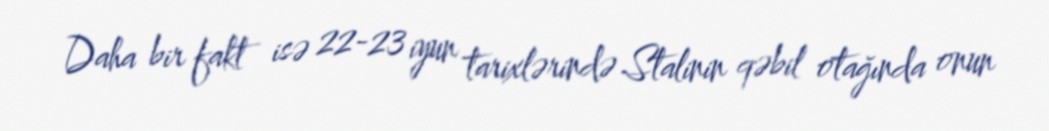
Daha bir fakt isə 22-23 iyun tarixlərində Stalinin qəbil otağında onun